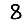
Digit: 8